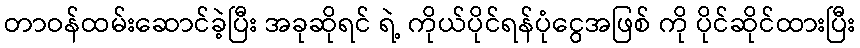
တာဝန်ထမ်းဆောင်ခဲ့ပြီး အခုဆိုရင် ရဲ့ ကိုယ်ပိုင်ရန်ပုံငွေအဖြစ် ကို ပိုင်ဆိုင်ထားပြီး